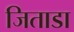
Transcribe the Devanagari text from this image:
जिताडा